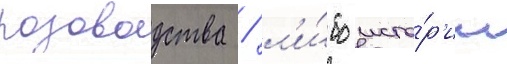
розоводства / л'и́бо исто́р'ии